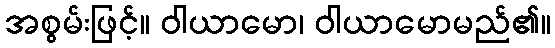
အစွမ်းဖြင့်။ ဝါယာမော၊ ဝါယာမောမည်၏။